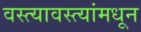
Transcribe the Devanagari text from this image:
वस्त्यावस्त्यांमधून